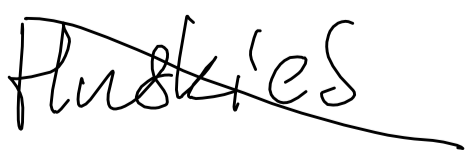
Text: Huskies
Cross-out: mix
Writing tool: digital_black